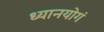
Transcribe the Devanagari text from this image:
ध्यानयोगं